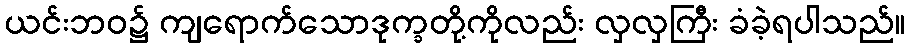
ယင်းဘဝ၌ ကျရောက်သောဒုက္ခတို့ကိုလည်း လှလှကြီး ခံခဲ့ရပါသည်။